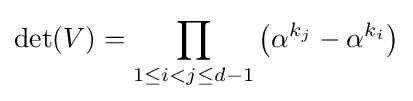
\det(V)=\prod _{1\leq i<j\leq d-1}\left(\alpha ^{k_{j}}-\alpha ^{k_{i}}\right)